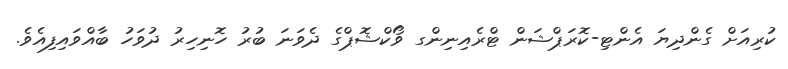
ކުރިއަށް ގެންދިޔަ އެންޓި-ކޮރަޕްޝަން ޓްރެއިނިންގ ވޯކްޝޮޕްގެ ދެވަނަ ބުރު ހޮނިހިރު ދުވަހު ބާއްވައިފިއެވެ.